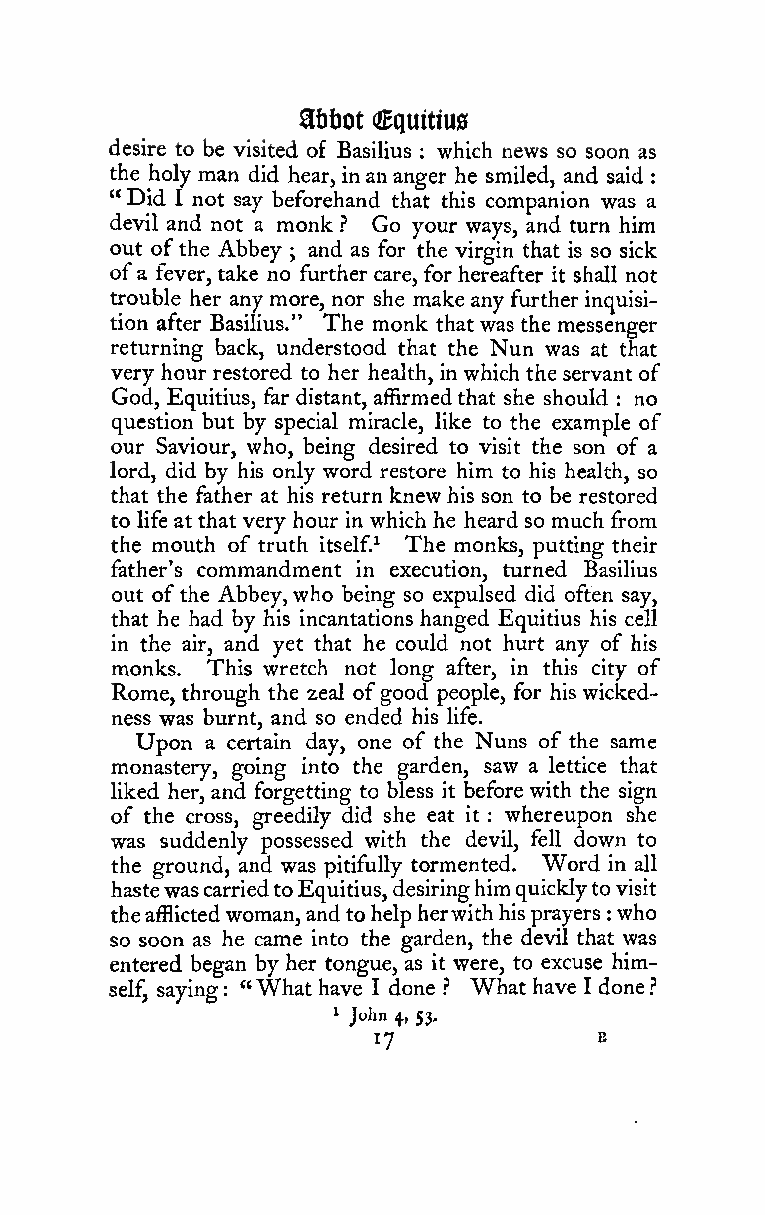
abbot aBi)uittu0
 desire to be visited of Basilius which news so soon as
 :
 the holy man did hear, inananger he smiled, and said
 :
 " Did I not say beforehand that this companion was a
 devil and not a monk ? Go your ways, and turn him
 out ofthe Abbey ; and as for the virgin that is so sick
 ofa fever, take no further care, for hereafter it shall not
 trouble her any more, nor she make any further inquisi-
 tion after Basilius." The monk that was the messenger
 returning back, understood that the Nun was at that
 very hour restored to her health, in which the servant of
 God, Equitius, far distant, affirmedthat she should no
 :
 question but by special miracle, like to the example of
 our Saviour, who, being desired to visit the son of a
 lord, did by his only word restore him to his health, so
 that the father at his return knew his son to be restored
 to life at that very hour in which he heard so much from
 the mouth of truth itself.^ The monks, putting their
 father's commandment in execution, turned Basilius
 out ofthe Abbey,who being so expulsed did often say,
 that he had by his incantations hanged Equitius his cell
 in the air, and yet that he could not hurt any of his
 monks. This wretch not long after, in this city of
 Rome, through the zeal ofgood people, for his wicked-
 ness was burnt, and so ended his life.
 Upon a certain day, one of the Nuns of the same
 monastery, going into the garden, saw a lettice that
 liked her, and forgetting to bless it before with the sign
 of the cross, greedily did she eat it : whereupon she
 was suddenly possessed with the devil, fell down to
 the ground, and was pitifully tormented. Word in all
 hastewascarriedtoEquitius, desiringhimquicklytovisit
 theafflictedwoman,andtohelp herwithhisprayers
 :
 who
 so soon as he came into the garden, the devil that was
 entered began by her tongue, as it were, to excuse him-
 self, saying : "What have I done .'' What have I done ?
 1 John 4, S3,
 17             B